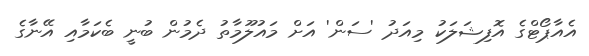
އެއާޕޯޓްގެ އޮފިޝަލަކު މިއަދު 'ސަން' އަށް މައުލޫމާތު ދެމުން ބުނީ ބެކަމާއި އޭނާގެ